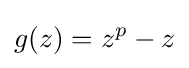
g(z)=z^{p}-z